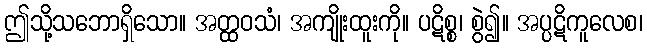
ဤသို့သဘောရှိသော။ အတ္ထဝသံ၊ အကျိုးထူးကို။ ပဋိစ္စ၊ စွဲ၍။ အပ္ပဋိကူလေစ၊